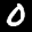
Label: 0